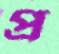
প্র